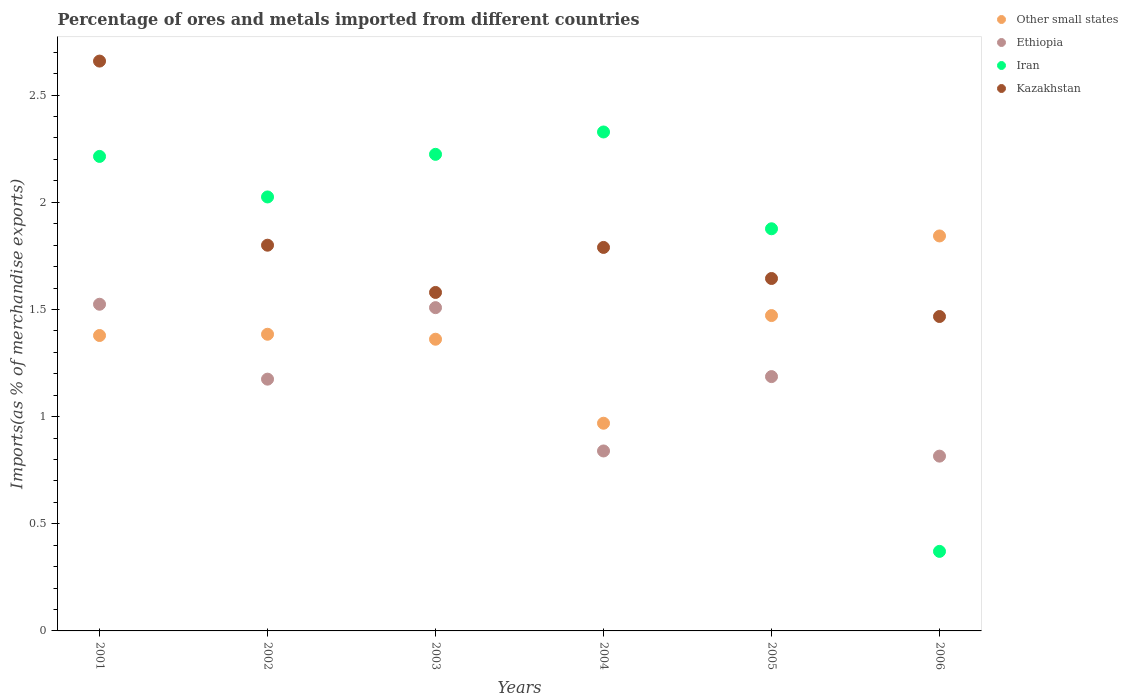
| Years | Other small states | Ethiopia | Iran | Kazakhstan |
 | --- | --- | --- | --- | --- |
 | 2001 | 1.38 | 1.52 | 2.21 | 2.66 |
 | 2002 | 1.38 | 1.17 | 2.02 | 1.8 |
 | 2003 | 1.36 | 1.51 | 2.22 | 1.58 |
 | 2004 | 0.969 | 0.84 | 2.33 | 1.79 |
 | 2005 | 1.47 | 1.19 | 1.88 | 1.64 |
 | 2006 | 1.84 | 0.816 | 0.371 | 1.47 |